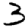
Digit: 3